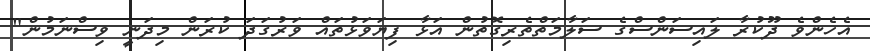
އެހެންވެ ދޫކުރާ ލައިސަންސްގެ ސަލާމަތްތެރިގޮތުން އަޅާ ފިޔަވަޅުތައް ވަރުގަދަ ކުރަން މިދަނީ ވިސްނަމުން"